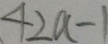
4 2 a - 1